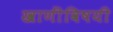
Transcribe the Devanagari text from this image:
खाणींविषयी